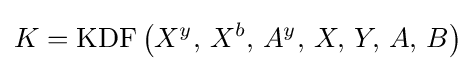
K=\operatorname {KDF} \left(X^{y},\,X^{b},\,A^{y},\,X,\,Y,\,A,\,B\right)